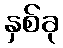
နှစ်ခု